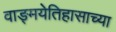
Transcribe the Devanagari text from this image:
वाङ्मयेतिहासाच्या